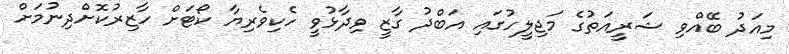
މިއަދު ބޭއްވި ޝަރީއަތުގެ މަޖިލީހުގައި އަބްދު ގާޒީ ވިދާޅުވީ ހެކިވެރިޔާ ކޯޓަށް ހާޒިރުކޮށްދިނުމަށް